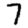
Digit: 7